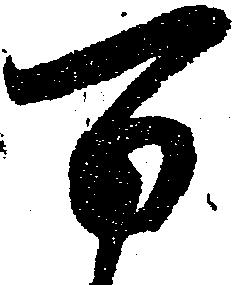
万